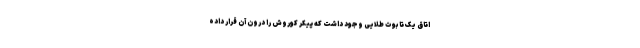
اتاق یک تابوت طلایی وجود داشت که پیکر کوروش را درون آن قرار داده